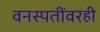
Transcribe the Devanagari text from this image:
वनस्पतींवरही